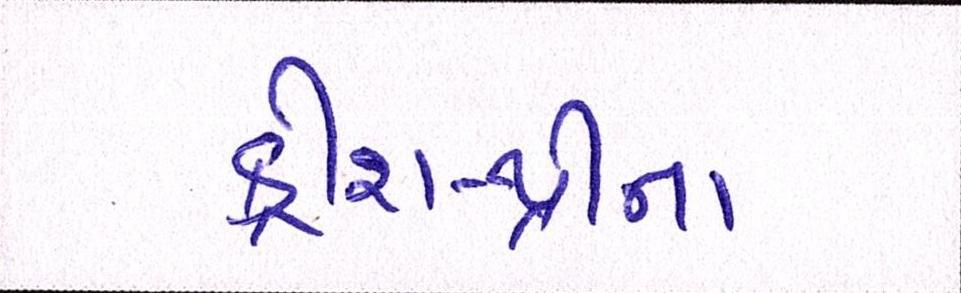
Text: ક્રીશ-થ્રીના